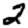
Digit: 2